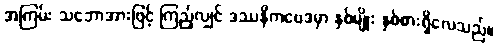
အကြမ်း သဘောအားဖြင့် ကြည့်လျှင် ဒဿနိကဗေဒမှာ နှစ်မျိုး နှစ်စားရှိလေသည်။